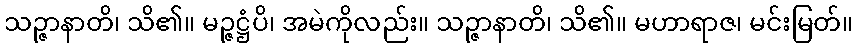
သဉ္ဇာနာတိ၊ သိ၏။ မဉ္ဇဋ္ဌံပိ၊ အမဲကိုလည်း။ သဉ္ဇာနာတိ၊ သိ၏။ မဟာရာဇ၊ မင်းမြတ်။